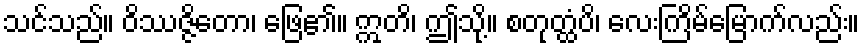
သင်သည်။ ဝိဿဇ္ဇိတော၊ ဖြေ၏။ ဣတိ၊ ဤသို့။ စတုတ္ထံပိ၊ လေးကြိမ်မြောက်လည်း။